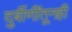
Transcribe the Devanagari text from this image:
दुर्बीणींतूनही